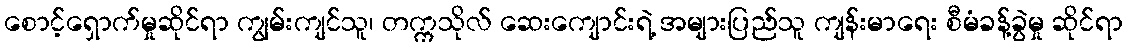
စောင့်ရှောက်မှုဆိုင်ရာ ကျွမ်းကျင်သူ၊ တက္ကသိုလ် ဆေးကျောင်းရဲ့ အများပြည်သူ ကျန်းမာရေး စီမံခန့်ခွဲမှု ဆိုင်ရာ